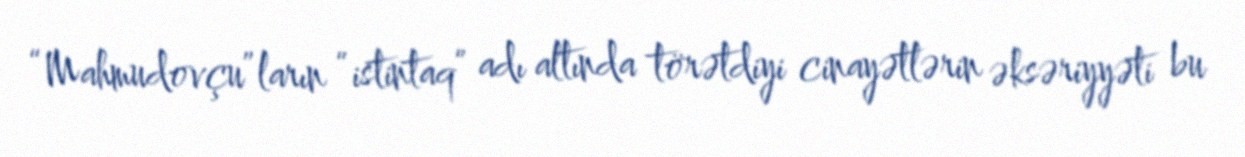
“Mahmudovçu”ların “istintaq” adı altında törətdiyi cinayətlərin əksəriyyəti bu